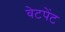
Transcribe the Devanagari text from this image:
वेटपेंट